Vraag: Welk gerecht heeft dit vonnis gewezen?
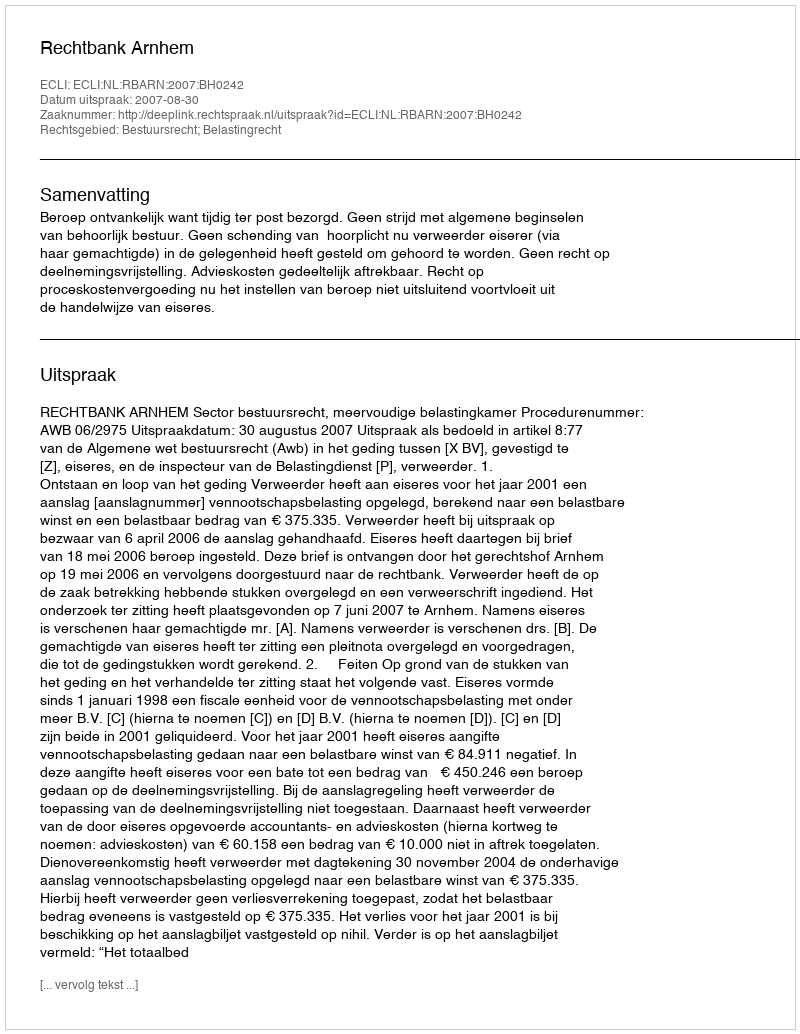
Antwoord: Rechtbank Arnhem